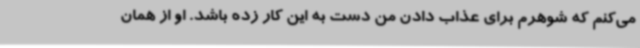
می‌کنم که شوهرم برای عذاب دادن من دست به این کار زده باشد. او از همان